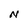
Character: N